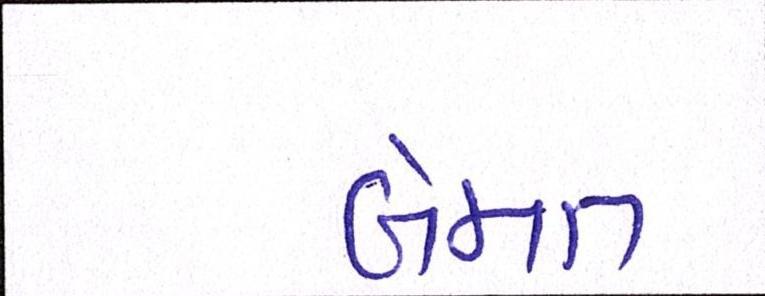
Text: બેમત